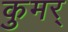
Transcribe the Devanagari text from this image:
कुमर्